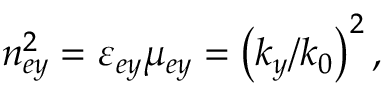
n _ { e y } ^ { 2 } = \varepsilon _ { e y } \mu _ { e y } = \left( k _ { y } / k _ { 0 } \right) ^ { 2 } ,